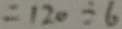
= 1 2 0 \div 6